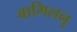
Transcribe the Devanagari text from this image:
बागिलनु